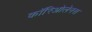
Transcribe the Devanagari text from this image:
कॉरिओलेनस